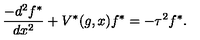
\frac { - d ^ { 2 } f ^ { * } } { d x ^ { 2 } } + V ^ { * } ( g , x ) f ^ { * } = - \tau ^ { 2 } f ^ { * } .